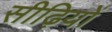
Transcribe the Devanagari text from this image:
सीढ़ियों